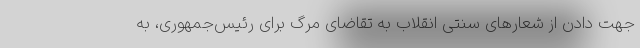
جهت دادن از شعارهای سنتی انقلاب به تقاضای مرگ برای رئیس‌جمهوری، به